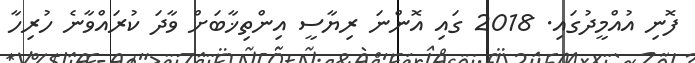
ފޮނި އުއްމީދުގައި. 2018 ގައި އޮންނަ ރިޔާސީ އިންތިޚާބަށް ވާދަ ކުރައްވާނެ ހުރިހާ